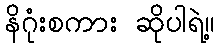
နိဂုံးစကား ဆိုပါရဲ့။